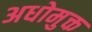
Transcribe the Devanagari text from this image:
अधोमुक्त